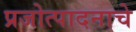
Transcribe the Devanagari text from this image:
प्रजोत्पादनाचे